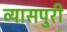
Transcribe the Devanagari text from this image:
व्यासपुरी